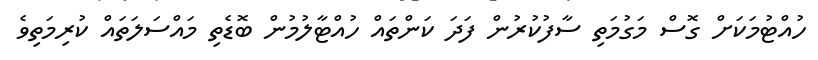
ހުއްޓުމަކަށް ގޮސް މަގުމަތި ސާފުކުރުން ފަދަ ކަންތައް ހުއްޓާލުމުން ބޮޑެތި މައްސަލަތައް ކުރިމަތިވެ